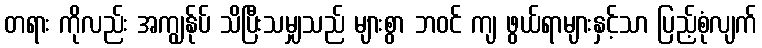
တရား ကိုလည်း အကျွန်ုပ် သိပြီးသမျှသည် များစွာ ဘဝင် ကျ ဖွယ်ရာများနှင့်သာ ပြည့်စုံလျက်